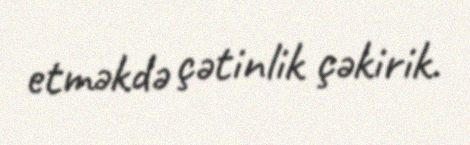
etməkdə çətinlik çəkirik.